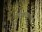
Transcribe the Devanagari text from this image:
पुढाकाराची